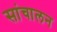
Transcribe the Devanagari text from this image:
सांचालन